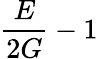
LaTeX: {\frac{E}{2G}}-1